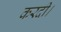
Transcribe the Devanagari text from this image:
करदी।